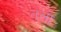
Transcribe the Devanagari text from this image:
तलो